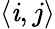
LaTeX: \langle\mathit{i},j\rangle